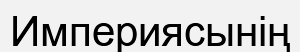
Империясынің